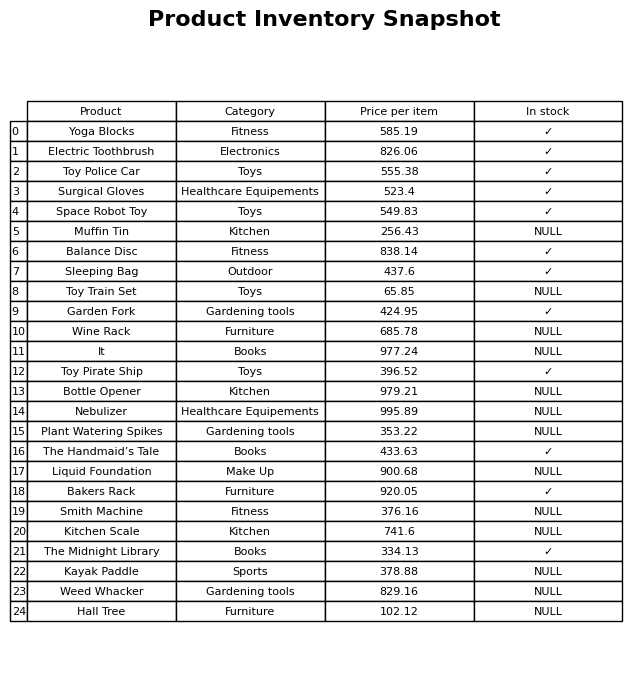
question: What is the price of the Bakers Rack?
answer: The price of Bakers Rack is 920.05.